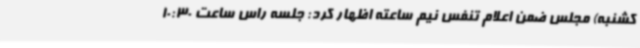
کشنبه) مجلس ضمن اعلام تنفس نیم ساعته اظهار کرد: جلسه راس ساعت 10:30